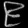
Digit: ၉